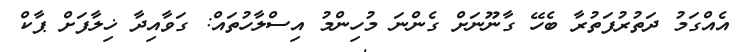
އެއްގަމު ދަތުރުފަތުރާ ބެހޭ ގާނޫނަށް ގެންނަ މުހިންމު އިސްލާހުތައް: ގަވާއިދާ ޚިލާފަށް ޕާކް